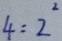
4 = 2 ^ { 2 }